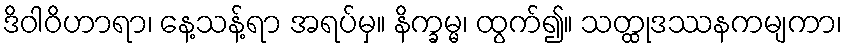
ဒိဝါဝိဟာရာ၊ နေ့သန့်ရာ အရပ်မှ။ နိက္ခမ္မ၊ ထွက်၍။ သတ္ထုဒဿနကမျကာ၊